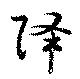
降